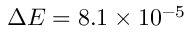
\Delta E = 8 . 1 \times 1 0 ^ { - 5 }